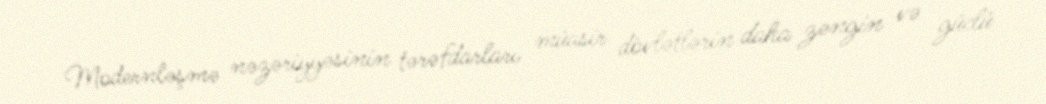
Modernləşmə nəzəriyyəsinin tərəfdarları müasir dövlətlərin daha zəngin və güclü